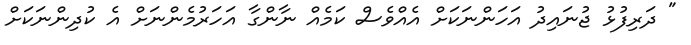
" ދަރިފުޅު ޖުނައިދު އަހަންނަކަށް އެއްވެސް ކަމެއް ނާންގާ އަހަރުމެންނަށް އެ ކުދިންނަކަށް